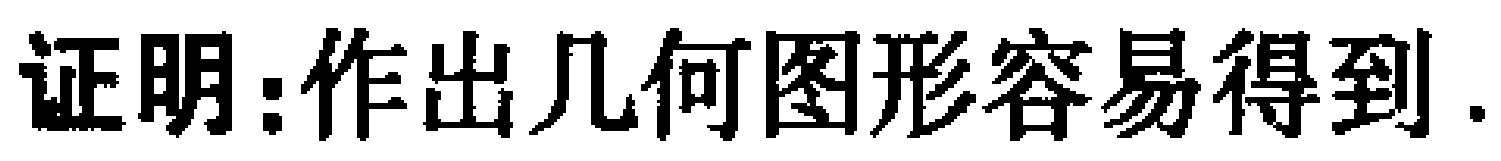
证明：作出几何图形容易得到.